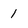
Character: 1